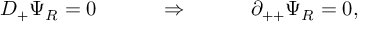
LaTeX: D _ { + } \Psi _ { R } = 0 ~ ~ ~ \qquad \Rightarrow ~ ~ ~ \qquad \partial _ { + + } \Psi _ { R } = 0 ,